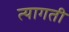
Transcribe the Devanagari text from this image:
त्यागती